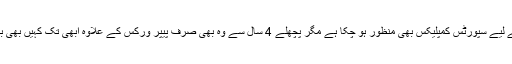
تحصیل شرقپور کے لیے سپورٹس کمپلیکس بھی منظور ہو چکا ہے مگر پچھلے 4 سال سے وہ بھی صرف پیپر ورکس کے علاوہ ابھی تک کہیں بھی بنتا ہوا نظر نہیں آیا۔